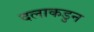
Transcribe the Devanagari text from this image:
दलाकडुन